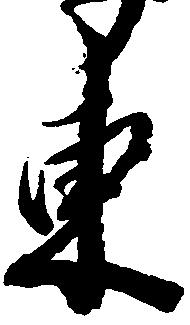
東